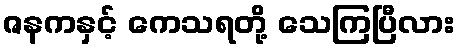
ဇနကနှင့် ကေသရတို့ သေကြပြီလား